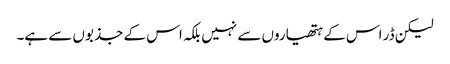
لیکن ڈر اس کے ہتھیاروں سے نہیں بلکہ اس کے جذبوں سے ہے۔